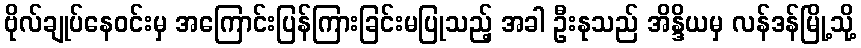
ဗိုလ်ချုပ်နေဝင်းမှ အကြောင်းပြန်ကြားခြင်းမပြုသည့် အခါ ဦးနုသည် အိန္ဒိယမှ လန်ဒန်မြို့သို့